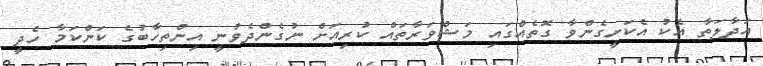
އަދާލަތާ އެކު އެކަށީގެންވާ ގޮތެއްގައި މަޝްވަރާތައް ކުރިއަށް ނުގެންދެވުނީ އިންތިހާބުގެ ކަންކަމާ ހެދީ